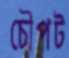
চৌপট